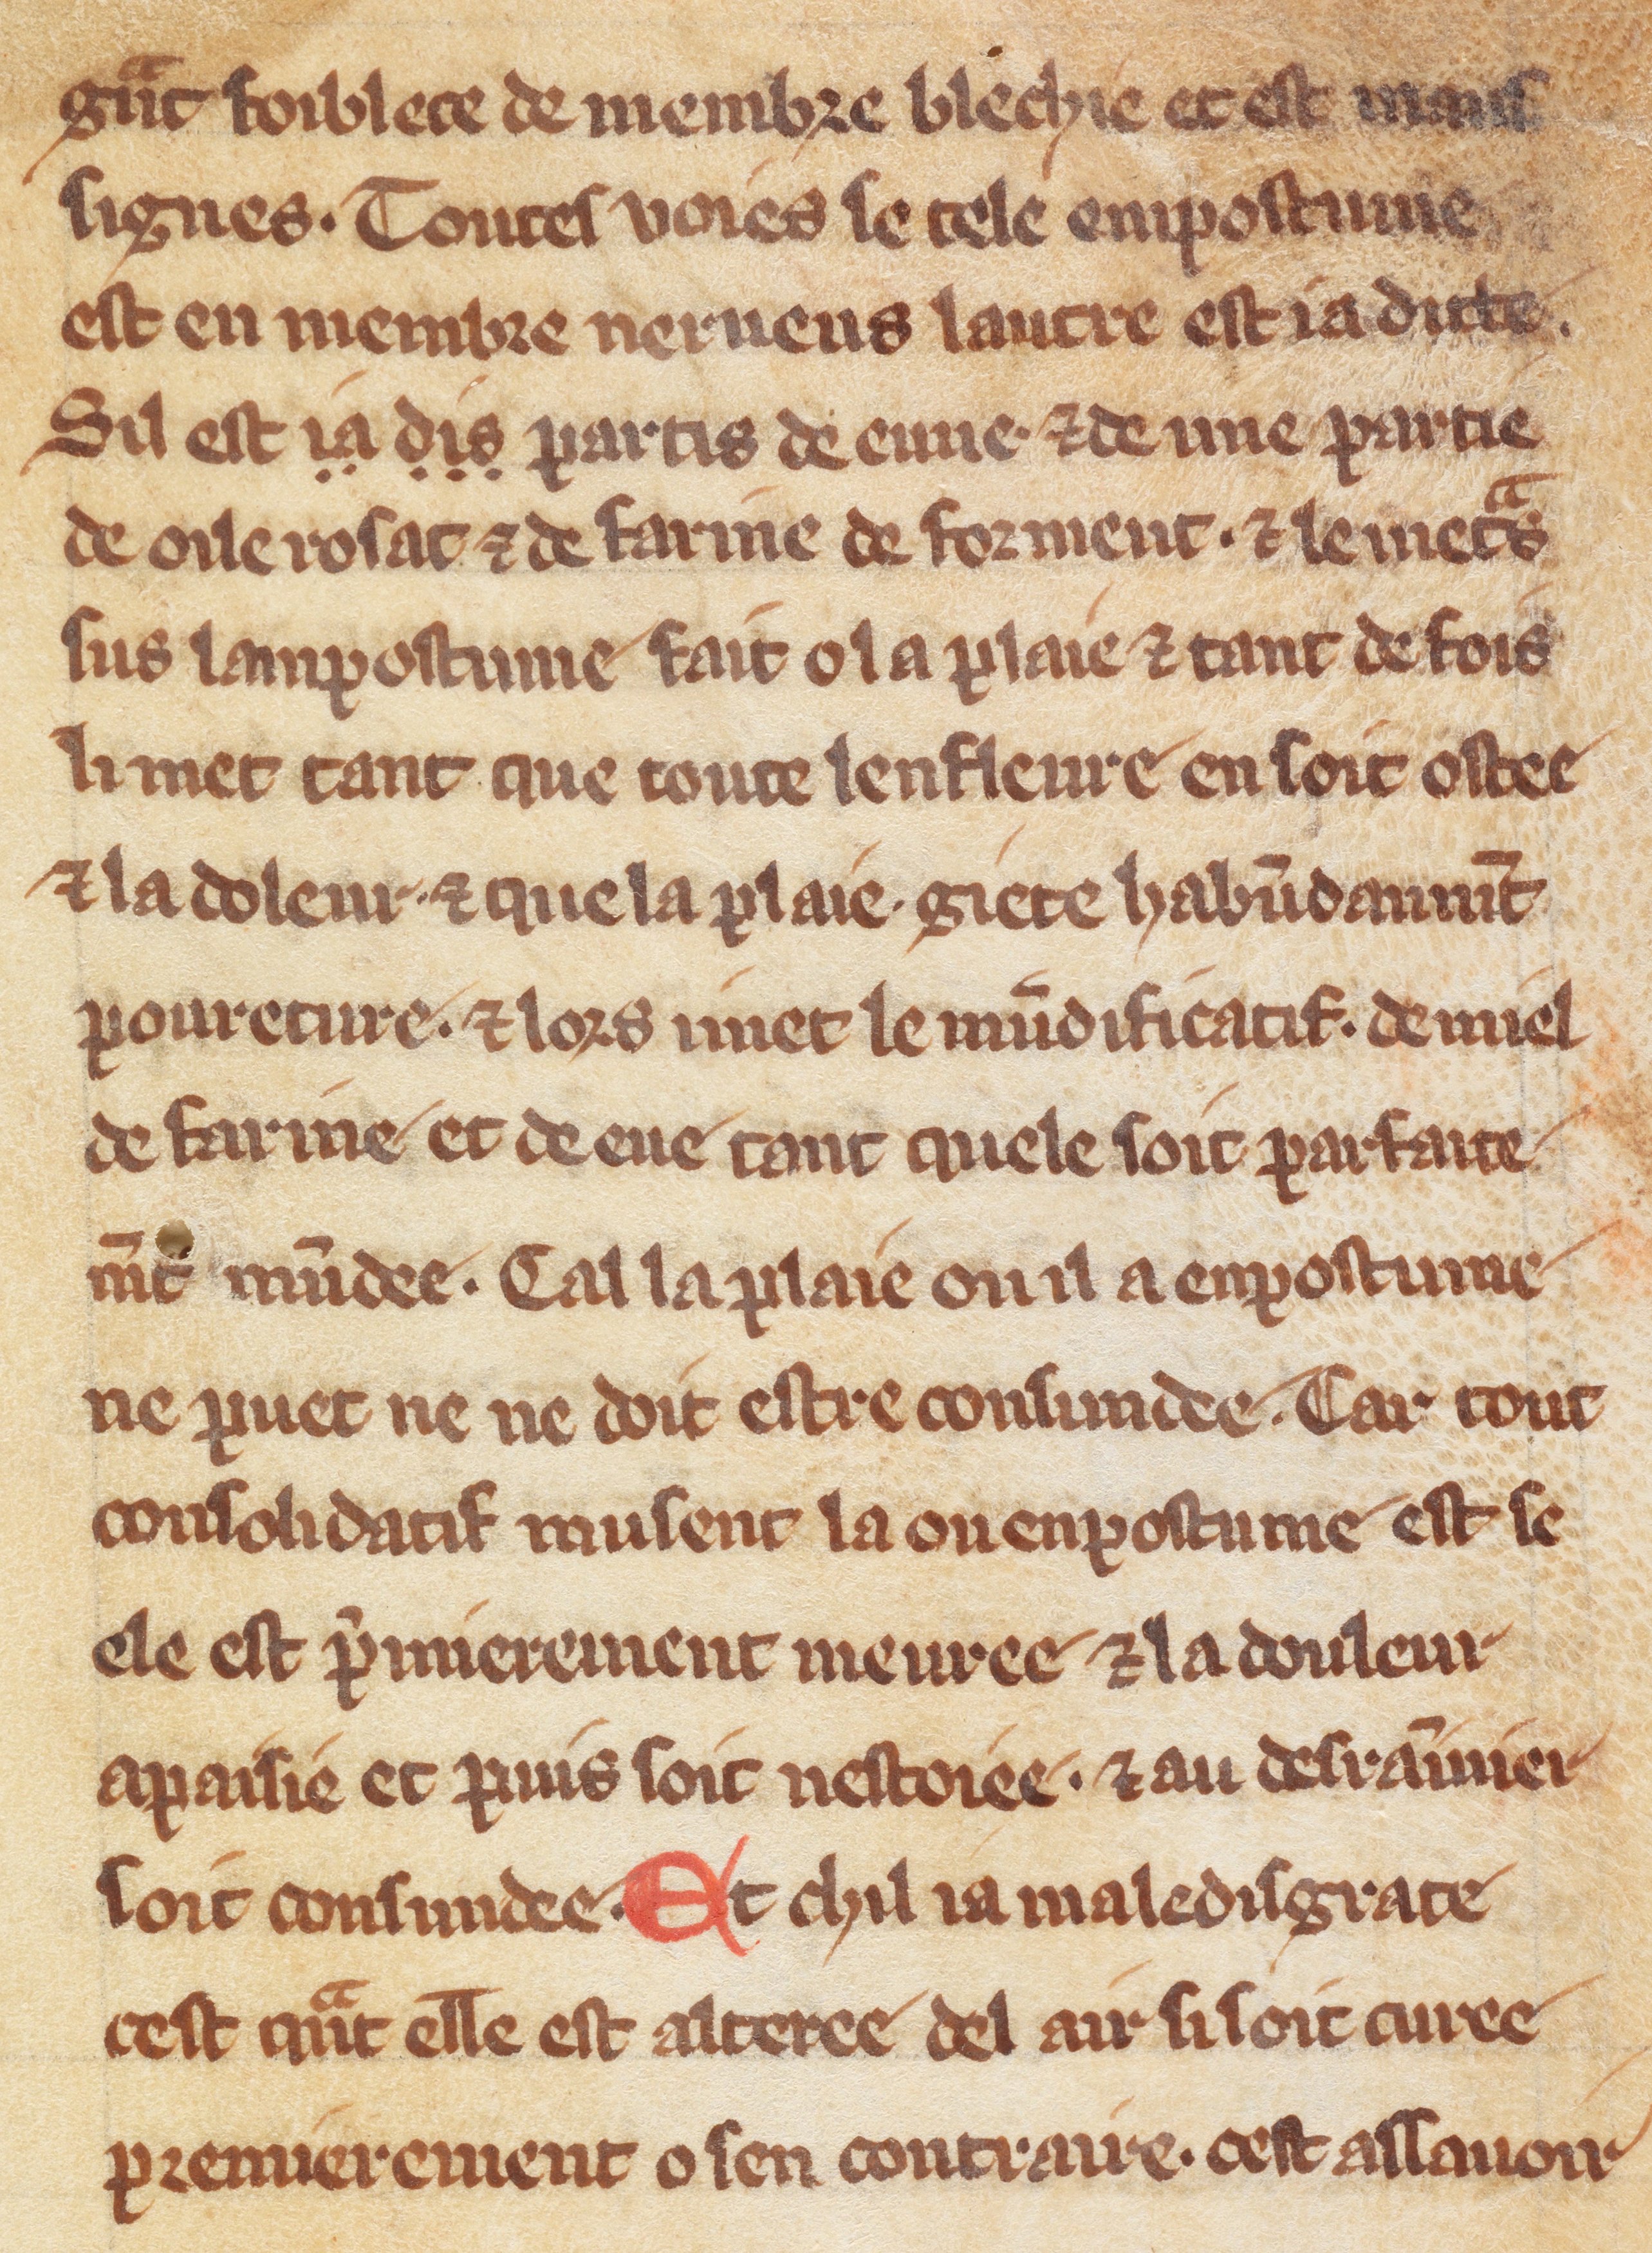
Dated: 1300–1330